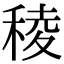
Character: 稜